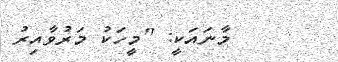
މާނައަކީ: ''މީހަކު މަރުވާއިރު